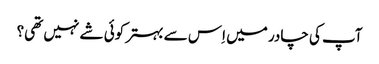
آپ کی چادر میں اِس سے بہتر کوئی شے نہیں تھی؟